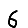
Digit: 6